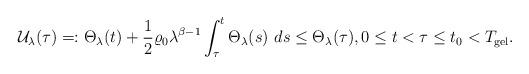
LaTeX: \begin{align*}\mathcal{U}_{\lambda}(\tau)=:\Theta_{\lambda}(t)+\frac{1}{2}\varrho_{0}\lambda^{\beta-1}\int_{\tau}^{t}\Theta_{\lambda}(s)\ ds\leq \Theta_{\lambda}(\tau),0\leq t<\tau\leq t_{0}<T_{\mathrm{gel}}.\end{align*}